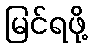
မြင်ရဖို့